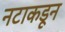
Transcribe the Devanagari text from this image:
नटाकडून